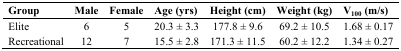
| Group | Male | Female | Age (yrs) | Height (cm) | Weight (kg) | V100 (m/s) |
 | --- | --- | --- | --- | --- | --- | --- |
 | Elite | 6 | 5 | 20.3 ± 3.3 | 177.8 ± 9.6 | 69.2 ± 10.5 | 1.68 ± 0.17 |
 | Recreational | 12 | 7 | 15.5 ± 2.8 | 171.3 ± 11.5 | 60.2 ± 12.2 | 1.34 ± 0.27 |